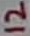
Text: 12